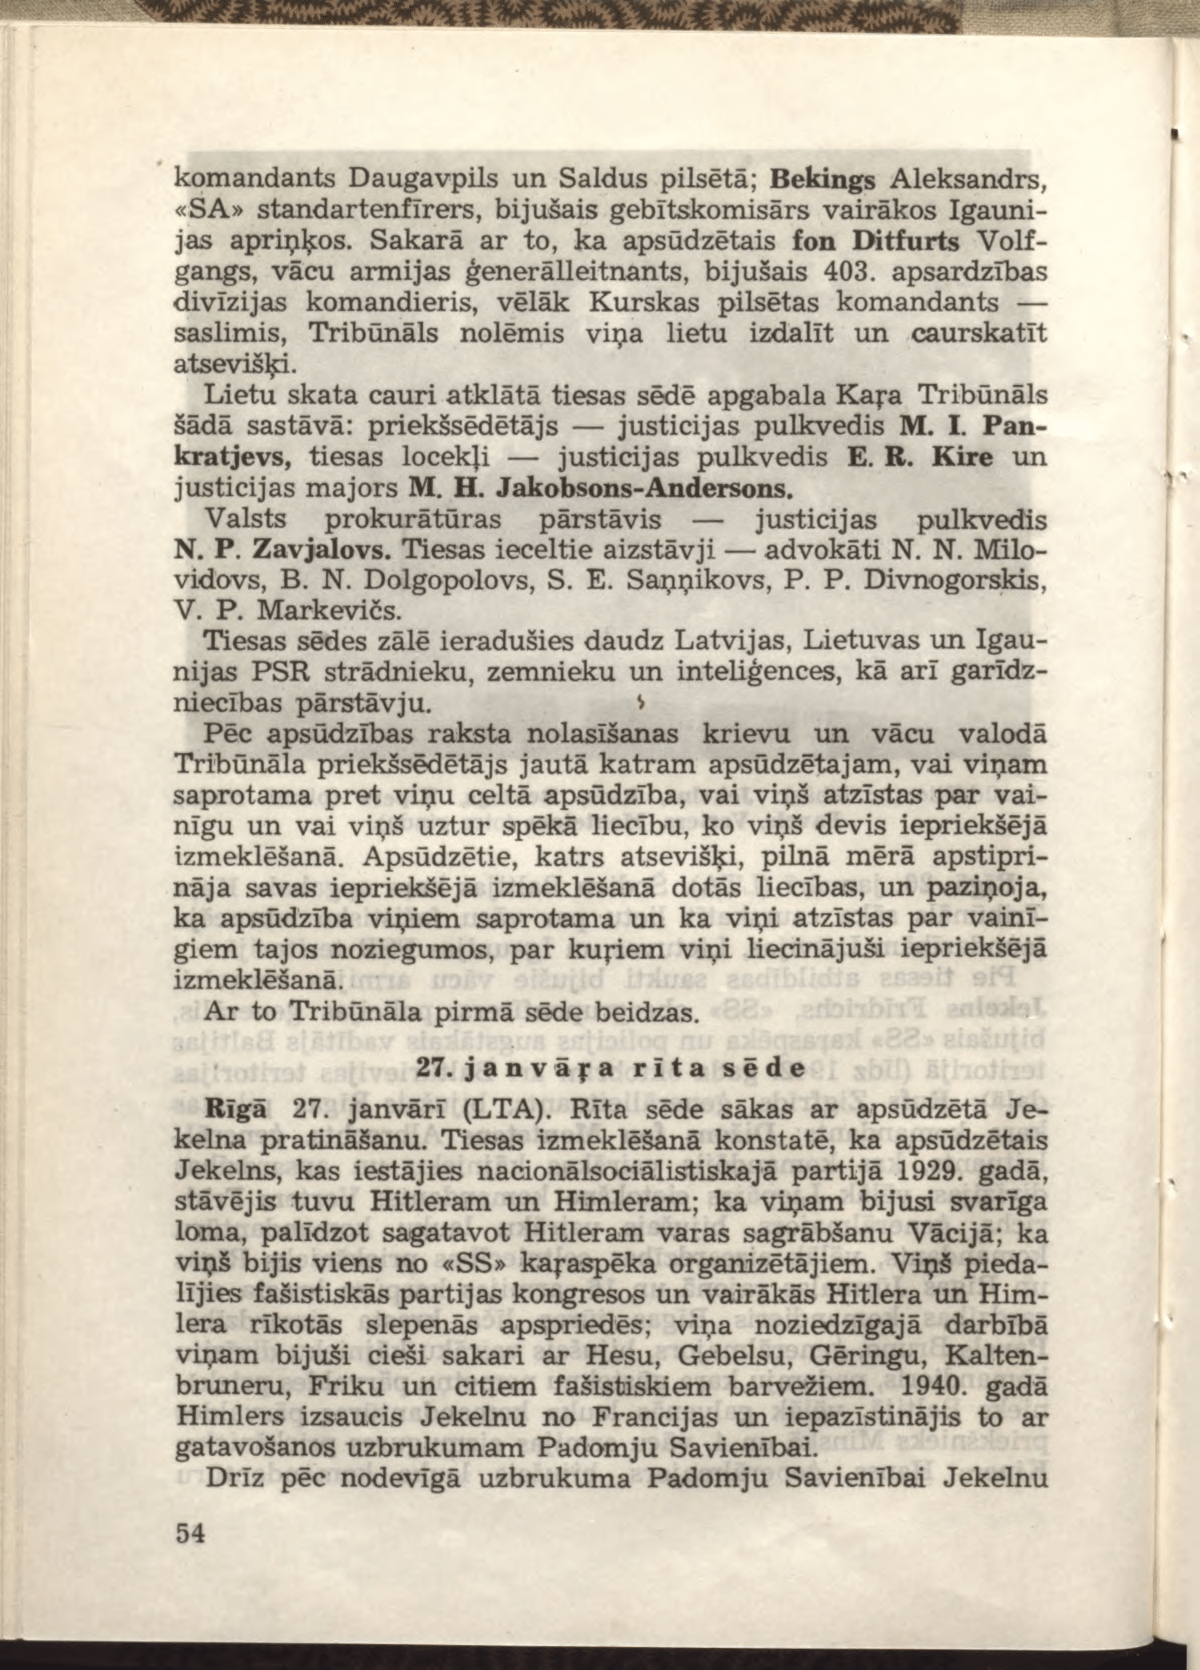
Language: lv